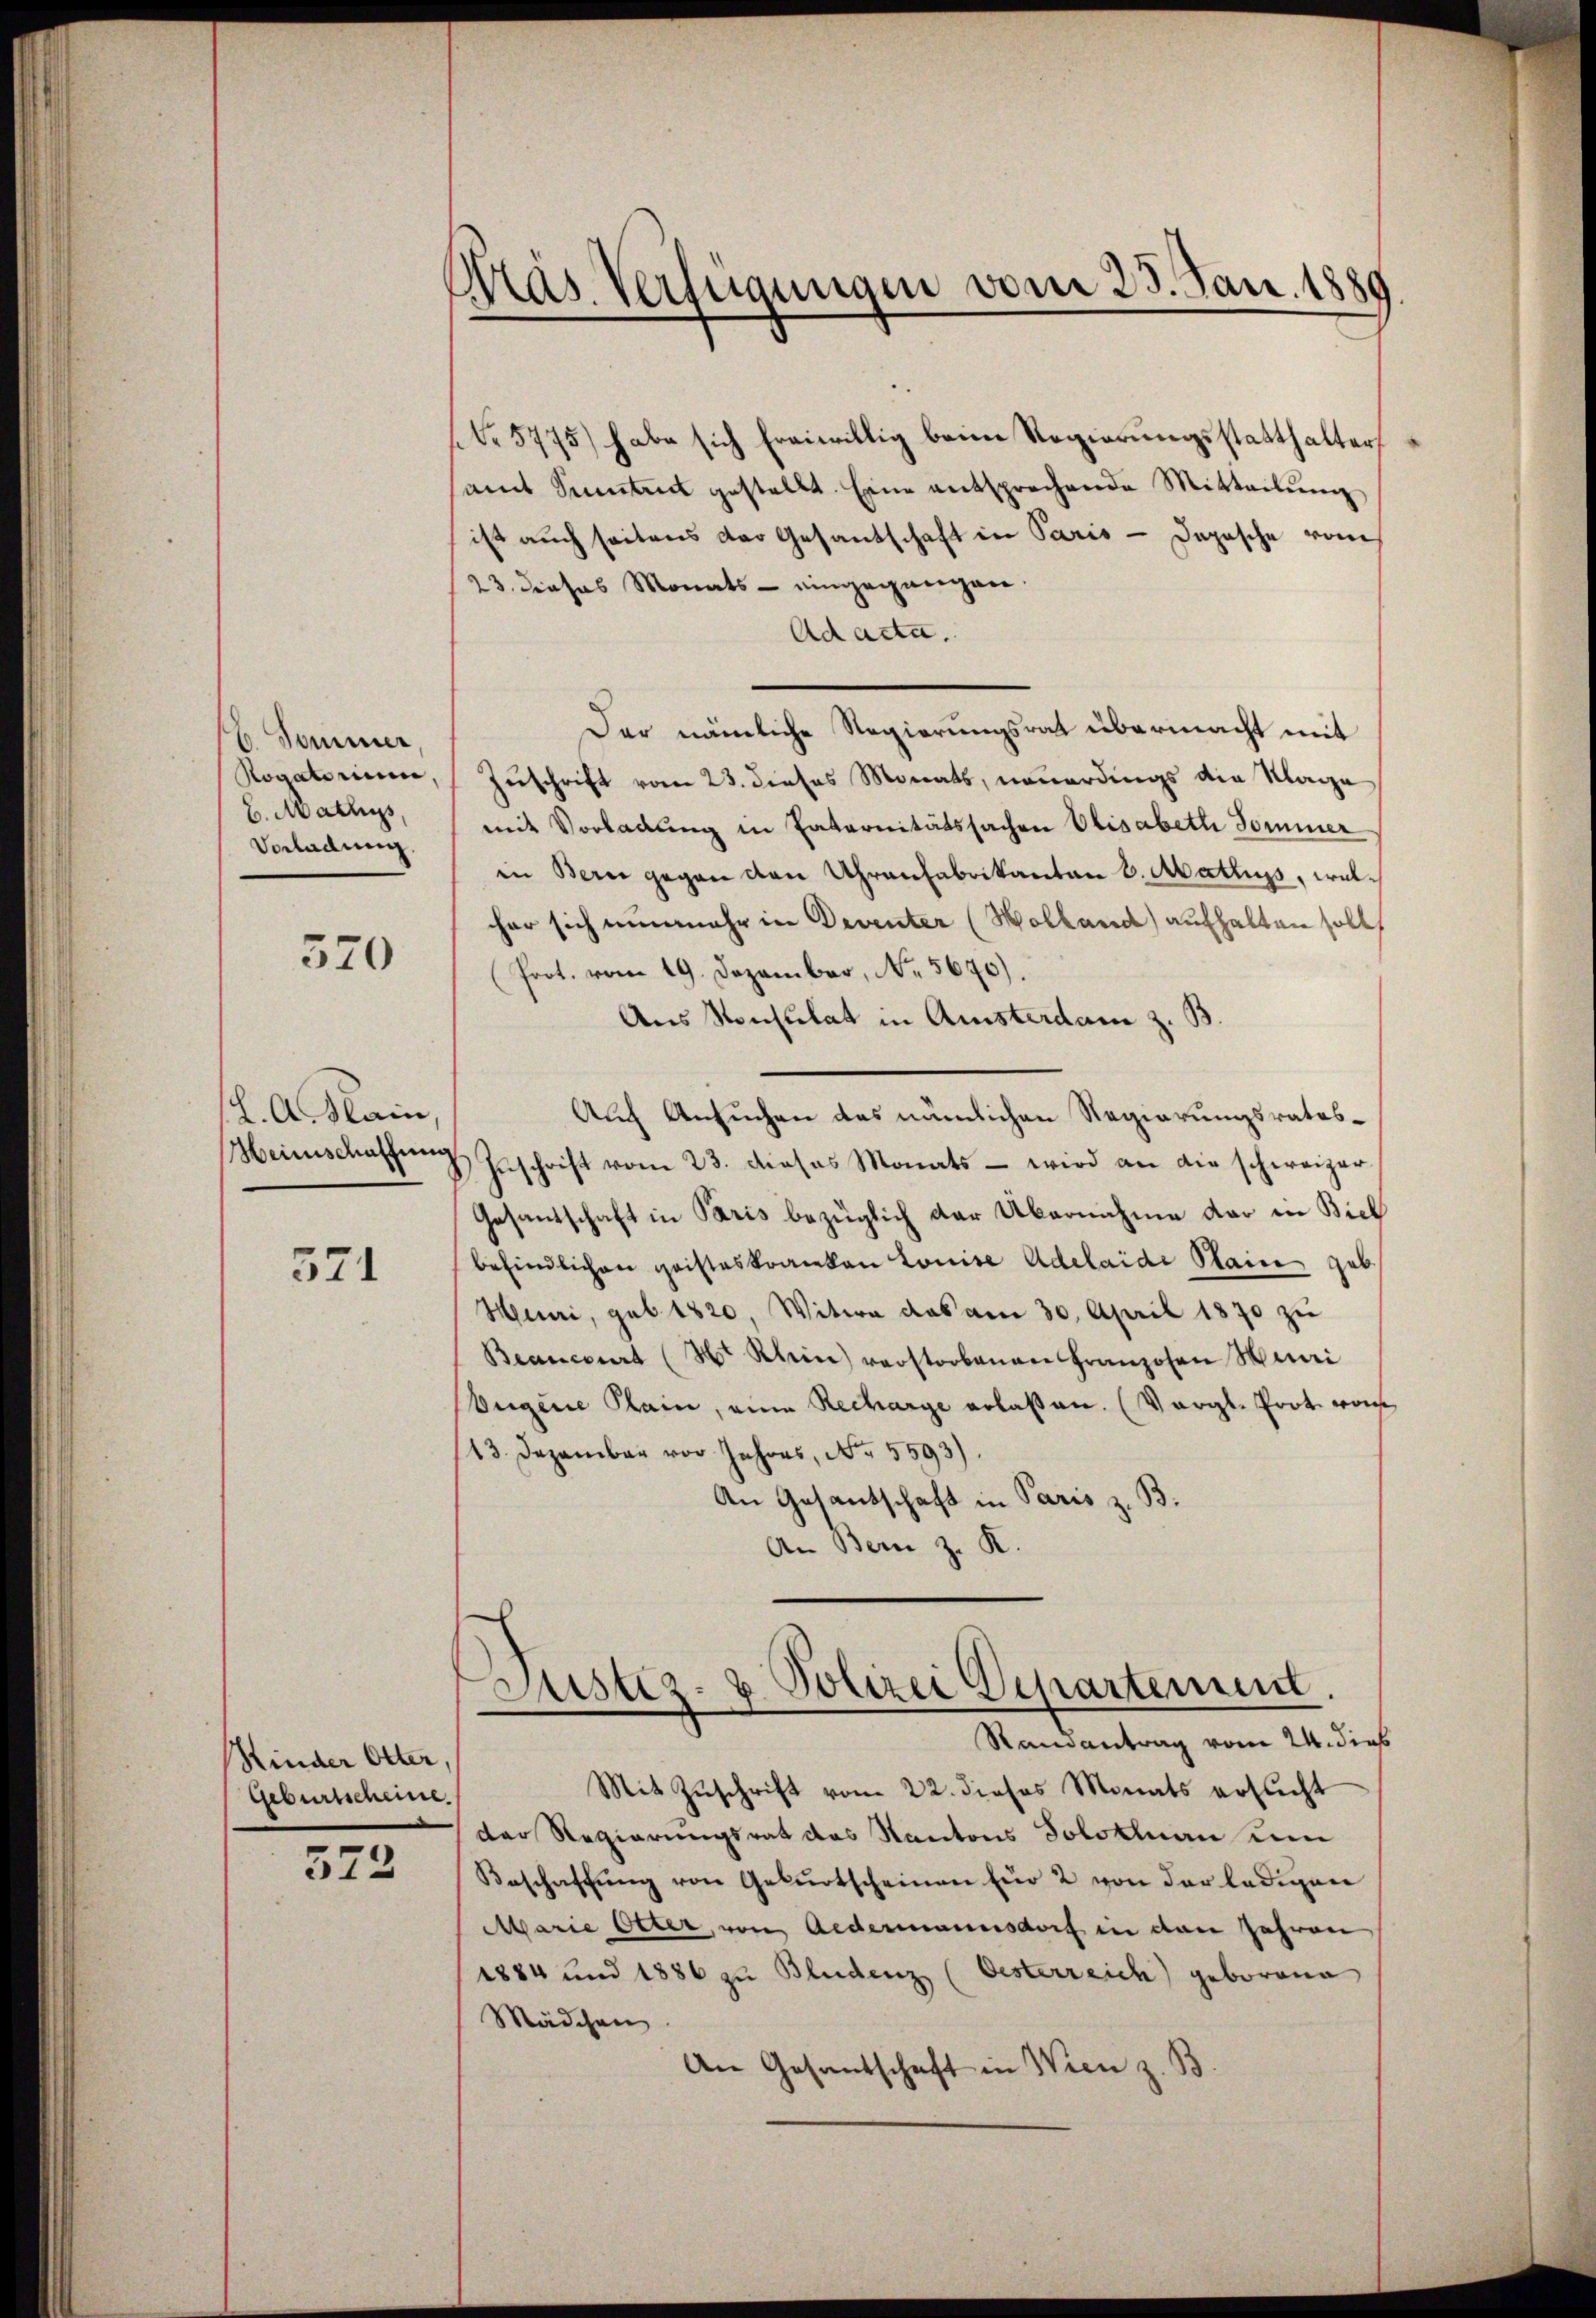
6. Sommer
b. Mathys,
Vorladung.

570

371

Rinder Otter,
Geburtscheine.

522

12. A. Main
Meinschaffung

Mas Verfügungen vom 25. Jan. 1889

No 5775) habe sich freiwillig beim Regierungsstatthalter,
samt Sinten gestellt. Eine entsprechende Mitteilŭng
ist auch seitens der Gesandschaft in Paris - Dapasche vom
23. dieses Monats - eingegangen.
Ad acta.
Der nämliche Regierungsrat übermacht mit
Kovaterine, Zuschrift vom 23. dieses Monats, neuerdings die Klage
mit Vorladung in Entarnitätssachen Elisabeth Sommer
in Bern gegen den Uhrenfabrikanton v. Matrius, welcher sich nunmehr in Deventer (Holland) aufhalten soll,
Prot. vom 19. Dezember, No. 5670).
Aus Konsulat in Amsterdam z. B.
Auch Ansuchen das nämlichen Regierungsrates¬
Zuschrift vom 23. dieses Monats - wird an die schweizer
Gesantschaft in Paris bezüglich der Übernahme dar in Biel
befindlichen Geisteskranken Louise Adelaide Stain gab
Muri, geb. 1820 Witwe das am 30. April 1870 zu
Branciert (3r Klein verstorbenen Franzosen Henri
Ougene Klein, eine Recharge erlaßen. (Vergl. Prot. von
13. Dezember vor Jahres, No. 5593).
An Gesantschaft in Paris z. B.
An Bern z. K.

Justiz- & Polizei Departement.
Randantrag vom 24. dieß

Mit Zŭschrift vom 22. dieses Monats ersŭcht
der Regierungsrat das Kantons Solothurn um
Beschaffŭng von Geburtscheinen für 2 von der ledigen
Marie Otter, von Aedermannsdorf in den Jahren
1884 und 1886 zu Bludenz (Oesterreich geborene
Mädchen
An Gesantschaft in Wien z. B.